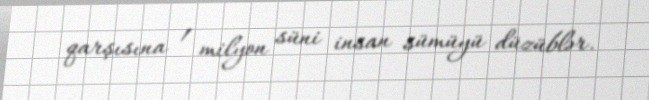
qarşısına 1 milyon süni insan sümüyü düzüblər.